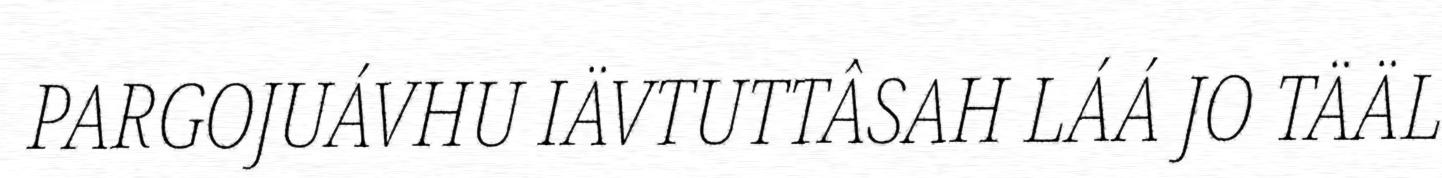
PARGOJUÁVHU IÄVTUTTÂSAH LÁÁ JO TÄÄL